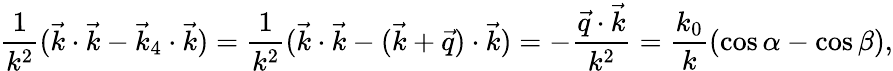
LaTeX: \frac{1}{k^{2}}(\vec{k}\cdot\vec{k}-\vec{k}_{4}\cdot\vec{k})=\frac{1}{k^{2}}(\vec{k}\cdot\vec{k}-(\vec{k}+\vec{q})\cdot\vec{k})=-\frac{\vec{q}\cdot\vec{k}}{k^{2}}=\frac{k_{0}}{k}(\cos\alpha-\cos\beta),